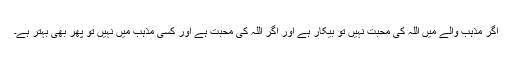
اگر مذہب والے میں اللہ کی محبت نہیں تو بیکار ہے اور اگر اللہ کی محبت ہے اور کسی مذہب میں نہیں تو پھر بھی بہتر ہے۔